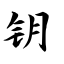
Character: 钥